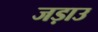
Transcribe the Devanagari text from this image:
जड़ाउ